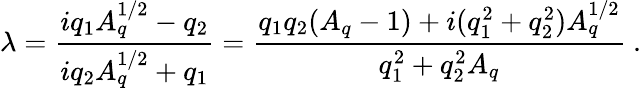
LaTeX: \lambda={\frac{iq_{1}A_{q}^{1/2}-q_{2}}{iq_{2}A_{q}^{1/2}+q_{1}}}={\frac{q_{1}q_{2}(A_{q}-1)+i(q_{1}^{2}+q_{2}^{2})A_{q}^{1/2}}{q_{1}^{2}+q_{2}^{2}A_{q}}}\ .